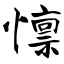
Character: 懔